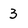
Character: 3